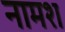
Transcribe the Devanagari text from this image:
नामश